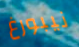
نيبورغ